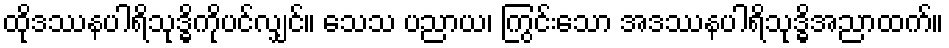
ထိုဒဿနပါရိသုဒ္ဓိကိုပင်လျှင်။ သေသ ပညာယ၊ ကြွင်းသော အဒဿနပါရိသုဒ္ဓိအညာထက်။